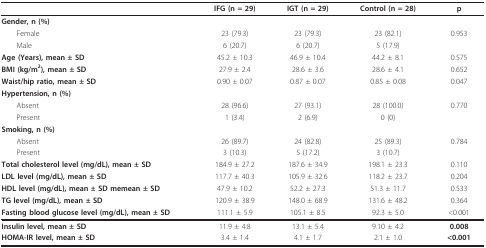
|  | IFG (n = 29) | IGT (n = 29) | Control (n = 28) | p |
 | --- | --- | --- | --- | --- |
 | Gender, n (%) |  |  |  |  |
 | Female | 23 (79.3) | 23 (79.3) | 23 (82.1) | 0.953 |
 | Male | 6 (20.7) | 6 (20.7) | 5 (17.9) |  |
 | Age (Years), mean ± SD | 45.2 ± 10.3 | 46.9 ± 10.4 | 44.2 ± 8.1 | 0.575 |
 | BMI (kg/m2), mean ± SD | 27.9 ± 2.4 | 28.6 ± 3.6 | 28.6 ± 4.1 | 0.652 |
 | Waist/hip ratio, mean ± SD | 0.90 ± 0.07 | 0.87 ± 0.07 | 0.85 ± 0.08 | 0.047 |
 | Hypertension, n (%) |  |  |  |  |
 | Absent | 28 (96.6) | 27 (93.1) | 28 (100.0) | 0.770 |
 | Present | 1 (3.4) | 2 (6.9) | 0 (0) |  |
 | Smoking, n (%) |  |  |  |  |
 | Absent | 26 (89.7) | 24 (82.8) | 25 (89.3) | 0.784 |
 | Present | 3 (10.3) | 5 (17.2) | 3 (10.7) |  |
 | Total cholesterol level (mg/dL), mean ± SD | 184.9 ± 27.2 | 187.6 ± 34.9 | 198.1 ± 23.3 | 0.110 |
 | LDL level (mg/dL), mean ± SD | 117.7 ± 40.3 | 105.9 ± 32.6 | 118.2 ± 23.7 | 0.204 |
 | HDL level (mg/dL), mean ± SD memean ± SD | 47.9 ± 10.2 | 52.2 ± 27.3 | 51.3 ± 11.7 | 0.533 |
 | TG level (mg/dL), mean ± SD | 120.9 ± 38.9 | 148.0 ± 68.9 | 131.6 ± 48.2 | 0.364 |
 | Fasting blood glucose level (mg/dL), mean ± SD | 111.1 ± 5.9 | 105.1 ± 8.5 | 92.3 ± 5.0 | <0.001 |
 | Insulin level, mean ± SD | 11.9 ± 4.8 | 13.1 ± 5.4 | 9.10 ± 4.2 | 0.008 |
 | HOMA-IR level, mean ± SD | 3.4 ± 1.4 | 4.1 ± 1.7 | 2.1 ± 1.0 | <0.001 |